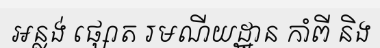
អន្លង់ ផ្សោត រមណីយដ្ឋាន កាំពី និង